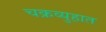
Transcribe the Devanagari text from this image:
चक्रव्युहात